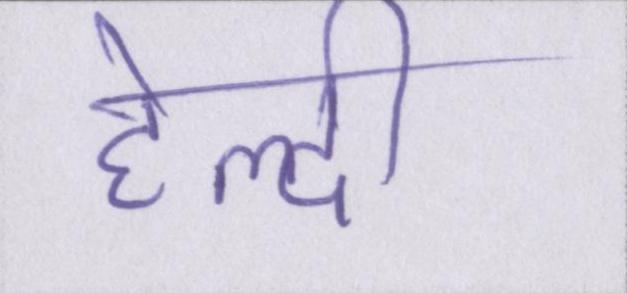
हेल्दी